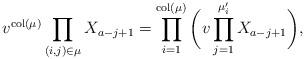
LaTeX: \begin{align*}v^{{\rm col}(\mu)}\prod_{(i,j)\in \mu} X_{a-j+1} = \prod_{i=1}^{{\rm col}(\mu)}\bigg( v \prod_{j=1}^{\mu'_i} X_{a-j+1}\bigg),\end{align*}